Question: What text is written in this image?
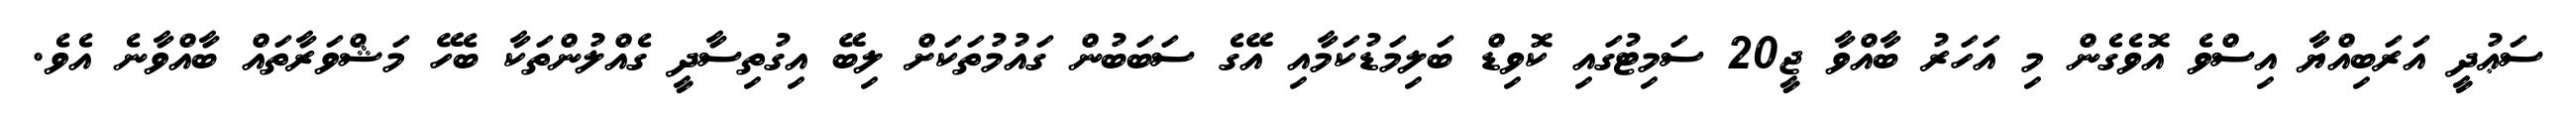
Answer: ސަޢުދީ އަރަބިއްޔާ އިސްވެ އޮވެގެން މި އަހަރު ބާއްވާ ޖީ20 ސަމިޓުގައި ކޮވިޑް ބަލިމަޑުކަމާއި އޭގެ ސަބަބުން ގައުމުތަކަށް ލިބޭ އިގުތިސާދީ ގެއްލުންތަކާ ބެހޭ މަޝްވަރާތައް ބާއްވާނެ އެވެ.